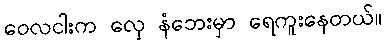
ဝေလငါးက လှေ နံဘေးမှာ ရေကူးနေတယ်။